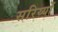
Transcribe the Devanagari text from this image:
सरिय्यों